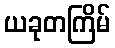
ယခုတကြိမ်